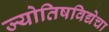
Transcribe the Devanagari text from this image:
ज्योतिषविद्येचा